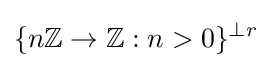
\{n\mathbb {Z} \to \mathbb {Z} :n>0\}^{\perp r}